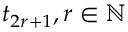
t _ { 2 r + 1 } , r \in \mathbb { N }